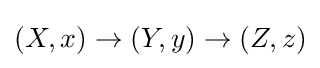
(X,x)\to (Y,y)\to (Z,z)